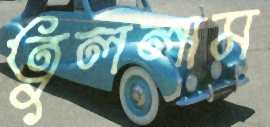
তুললাম